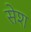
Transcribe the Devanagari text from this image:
सेश